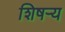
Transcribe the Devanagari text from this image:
शिषऱ्य